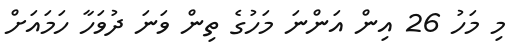
މި މަހު 26 އިން އަންނަ މަހުގެ ތިން ވަނަ ދުވަހާ ހަމައަށް